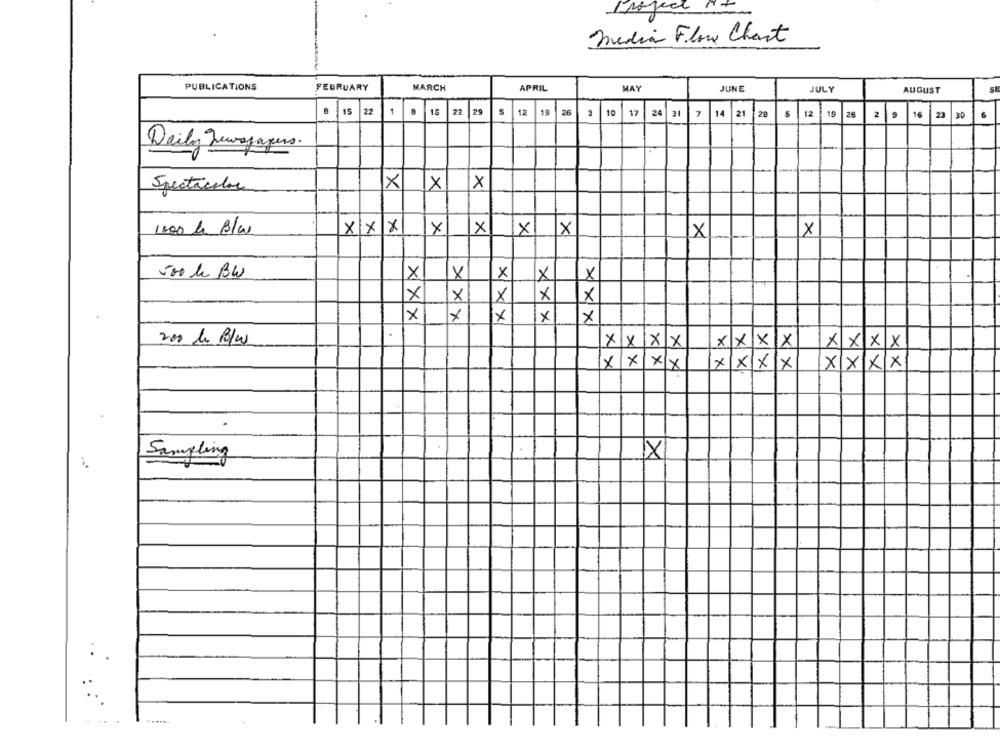
Media Flore Chart
PUBLICATIONS
FEBRUARY
MARCH
APRIL
MAY
JUNE
JULY
AUGUST
22
1
8
15
22
29
12
19
26
10
17
24
31
7
14
21
12
15
26
2
16
23
30
6
Daily Newspapers.
X
×
×
Spectacular
1000 le Blu
XXX
x
x
XI
X
×
X
-
500 le BW
×
X
X
X
X
X
×
X
×
x
X
×
×
200 le B/w
XXXX
XXXX
xxxx
xx
XX
XX
XX
XXXX
X
Sampling